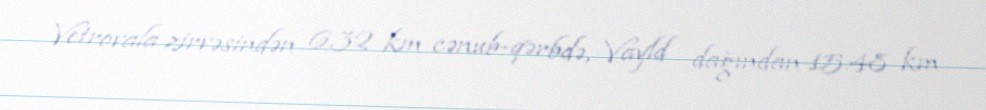
Vetrovala zirvəsindən 6.32 km cənub-qərbdə, Vayld dağından 15.48 km